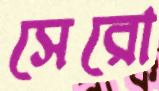
সেরো